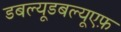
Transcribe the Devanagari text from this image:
डबल्यूडबल्यूएफ़